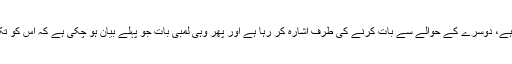
حضرت مرزا بشیر احمد صاحبؓ لکھتے ہیں کہ انداز گفتگو بھی حکایت عن الغیر کا ہے، دوسرے کے حوالے سے بات کرنے کی طرف اشارہ کر رہا ہے اور پھر وہی لمبی بات جو پہلے بیان ہو چکی ہے کہ اس کو تکلیف یہ ہے کہ فلاں یہودی نے جادو کیا ہے اور لوگ یہ کہتے ہیں کہ اس کا اثر ہے۔